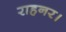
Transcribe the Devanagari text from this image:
राहनर।